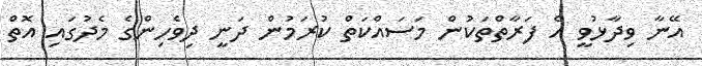
އޭނާ ވިދާޅުވީ އެ ފަރާތްތަކުން މަސައްކަތް ކުރަމުން ދަނީ ދިވެހިންގެ މެދުގައި އޮތް